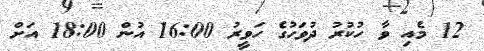
12 މެއި ވާ ހުކުރު ދުވަހުގެ ހަވީރު 16:00 އުން 18:00 އަށް